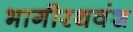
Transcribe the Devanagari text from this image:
भागीरथवंश